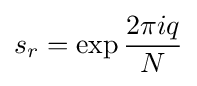
s_{r}=\exp {\frac {2\pi iq}{N}}